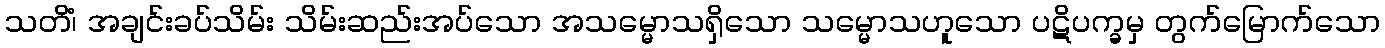
သတိံ၊ အချင်းခပ်သိမ်း သိမ်းဆည်းအပ်သော အသမ္မောသရှိသော သမ္မောသဟူသော ပဋိပက္ခမှ တွက်မြောက်သော